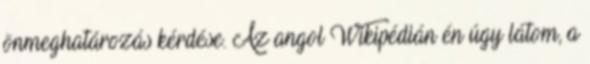
önmeghatározás kérdése. Az angol Wikipédián én úgy látom, a